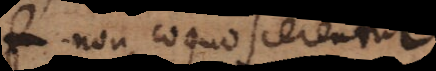
non cognoscerentur.